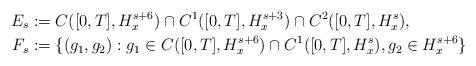
LaTeX: \begin{align*} E_s & := C([0,T], H^{s+6}_x) \cap C^1([0,T], H^{s+3}_x) \cap C^2([0,T], H^s_x),\\F_s & := \{ (g_1, g_2) : g_1 \in C([0,T], H^{s+6}_x) \cap C^1([0,T], H^s_x), g_2 \in H^{s+6}_x \}\end{align*}